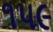
૧પ૯